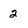
Character: 2